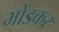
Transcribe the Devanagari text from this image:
भोंडकर